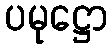
ပမုဋ္ဌော